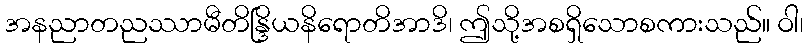
အနညာတညဿာမီတိန္ဒြိယနိရောတိအာဒိ၊ ဤသို့အစရှိသောစကားသည်။ ဝါ၊